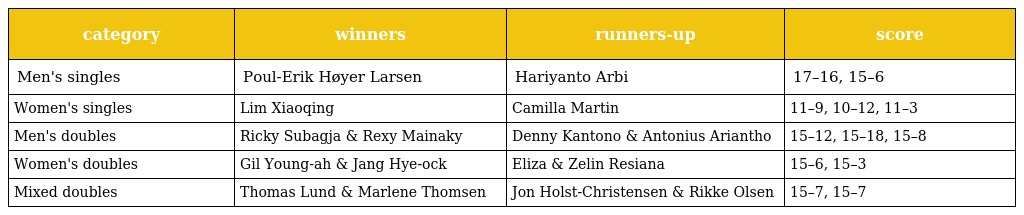
| category | winners | runners-up | score |
 | --- | --- | --- | --- |
 | Men's singles | Poul-Erik Høyer Larsen | Hariyanto Arbi | 17–16, 15–6 |
 | Women's singles | Lim Xiaoqing | Camilla Martin | 11–9, 10–12, 11–3 |
 | Men's doubles | Ricky Subagja & Rexy Mainaky | Denny Kantono & Antonius Ariantho | 15–12, 15–18, 15–8 |
 | Women's doubles | Gil Young-ah & Jang Hye-ock | Eliza & Zelin Resiana | 15–6, 15–3 |
 | Mixed doubles | Thomas Lund & Marlene Thomsen | Jon Holst-Christensen & Rikke Olsen | 15–7, 15–7 |